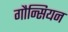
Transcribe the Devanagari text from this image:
गौन्सियन